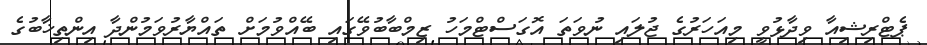
ޕެޓްރިޝިއާ ވިދާޅުވީ މިއަހަރުގެ ޖުލައި ނުވަތަ އޮގަސްޓްމަހު ޒިމްބާބުވޭގައި ބޭއްވުމަށް ތައްޔާރުވަމުންދާ އިންތިޚާބުގެ